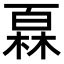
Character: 𤾓